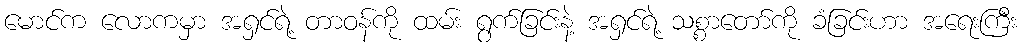
မောင်က လောကမှာ အရှင်ရဲ့ တာဝန်ကို ထမ်း ရွက်ခြင်းနဲ့ အရှင်ရဲ့ သစ္စာတော်ကို ခံခြင်းဟာ အရေးကြီး